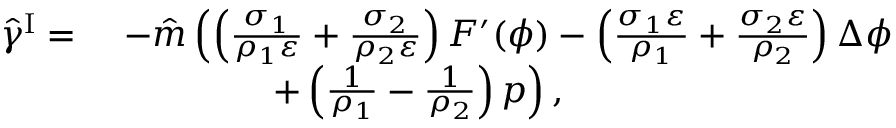
\begin{array} { r l } { \hat { \gamma } ^ { \mathrm { I } } = } & { ~ - \hat { m } \left( \left( \frac { \sigma _ { 1 } } { \rho _ { 1 } \varepsilon } + \frac { \sigma _ { 2 } } { \rho _ { 2 } \varepsilon } \right) F ^ { \prime } ( \phi ) - \left( \frac { \sigma _ { 1 } \varepsilon } { \rho _ { 1 } } + \frac { \sigma _ { 2 } \varepsilon } { \rho _ { 2 } } \right) \Delta \phi \right. } \\ & { ~ \quad \quad \quad \quad \left. + \left( \frac { 1 } { \rho _ { 1 } } - \frac { 1 } { \rho _ { 2 } } \right) p \right) , } \end{array}